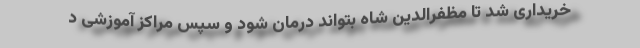
خریداری شد تا مظفرالدین شاه بتواند درمان شود و سپس مراکز آموزشی د